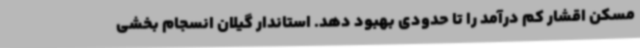
مسکن اقشار کم درآمد را تا حدودی بهبود دهد. استاندار گیلان انسجام بخشی